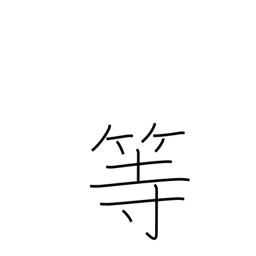
Meaning: etc.